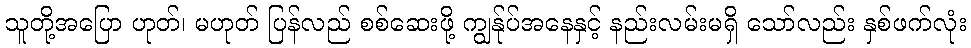
သူတို့အပြော ဟုတ်၊ မဟုတ် ပြန်လည် စစ်ဆေးဖို့ ကျွန်ုပ်အနေနှင့် နည်းလမ်းမရှိ သော်လည်း နှစ်ဖက်လုံး